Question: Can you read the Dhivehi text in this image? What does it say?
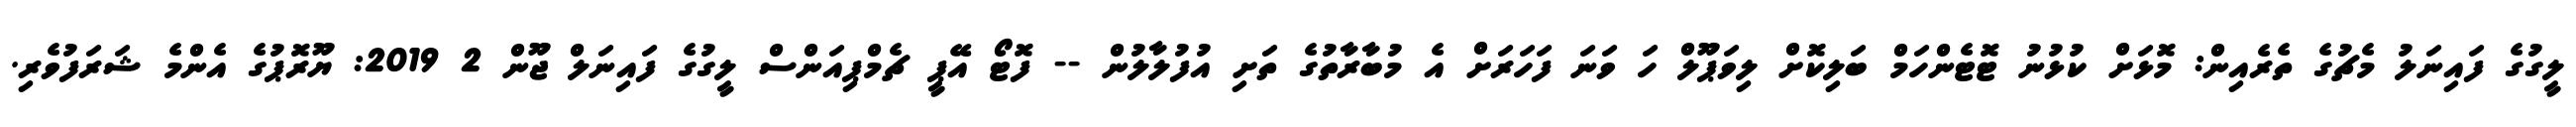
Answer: ލީގުގެ ފައިނަލު މެޗުގެ ތެރެއިން: މޮޅަށް ކުޅުނު ޓޮޓެންހަމް ބަލިކޮށް ލިވަޕޫލް ހަ ވަނަ ފަހަރަށް އެ މުބާރާތުގެ ތަށި އުފުލާލުން -- ފޮޓޯ އޭޕީ ޗެމްޕިއަންސް ލީގުގެ ފައިނަލް ޖޫން 2 2019: ޔޫރޮޕުގެ އެންމެ ޝަރަފުވެރި.